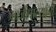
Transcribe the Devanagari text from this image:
भाजीपाल्यांची